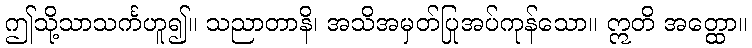
ဤသို့သာသင်္ကဟူ၍။ သညာတာနိ၊ အသိအမှတ်ပြုအပ်ကုန်သော။ ဣတိ အတ္ထော။